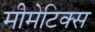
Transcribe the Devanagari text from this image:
मीमेटिक्स